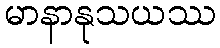
မာနာနုသယဿ